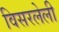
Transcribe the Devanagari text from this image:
विसरलेली